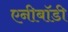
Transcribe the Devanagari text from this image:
एनीबॉडी